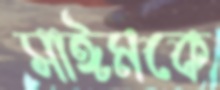
সাঈমকে